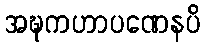
အဍ္ဎကဟာပဏေနပိ